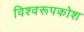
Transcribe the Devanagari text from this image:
विश्वरूपकोश